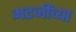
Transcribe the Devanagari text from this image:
भटजींच्या